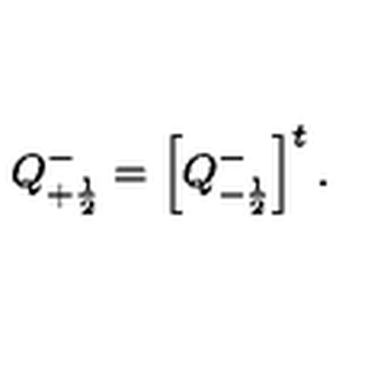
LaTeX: Q _ { + \frac { 1 } { 2 } } ^ { - } = \left[ Q _ { - \frac { 1 } { 2 } } ^ { - } \right] ^ { t } .